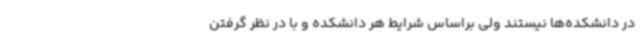
در دانشکده‌ها نیستند ولی براساس شرایط هر دانشکده و با در نظر گرفتن